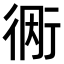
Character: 𫋭